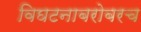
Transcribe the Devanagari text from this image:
विघटनाबरोबरच